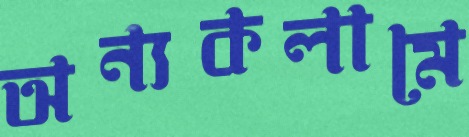
অন্যকলামে